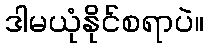
ဒါမယုံနိုင်စရာပဲ။